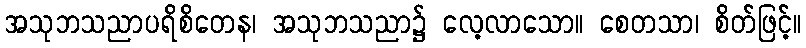
အသုဘသညာပရိစိတေန၊ အသုဘသညာ၌ လေ့လာသော။ စေတသာ၊ စိတ်ဖြင့်။